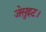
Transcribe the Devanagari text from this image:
जेसुइट।